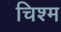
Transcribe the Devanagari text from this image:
चिश्म